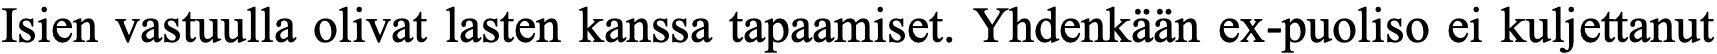
Isien vastuulla olivat lasten kanssa tapaamiset. Yhdenkään ex-puoliso ei kuljettanut